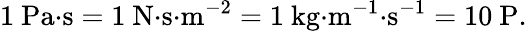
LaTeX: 1~{\mathrm{Pa}}{\cdot}{\mathrm{s}}=1~{\mathrm{N}}{\cdot}{\mathrm{s}}{\cdot}{\mathrm{m}}^{-2}=1~{\mathrm{kg}}{\cdot}{\mathrm{m}}^{-1}{\cdot}{\mathrm{s}}^{-1}=10~{\mathrm{P}}.